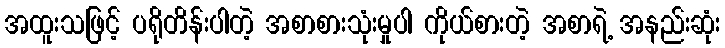
အထူးသဖြင့် ပရိုတိန်းပါတဲ့ အစာစားသုံးမှုပါ ကိုယ်စားတဲ့ အစာရဲ့ အနည်းဆုံး